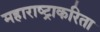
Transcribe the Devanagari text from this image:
महाराष्ट्राकरिता